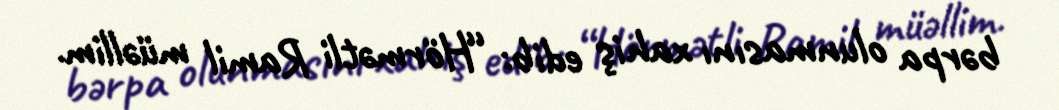
bərpa olunmasını xahiş edib: “Hörmətli Ramil müəllim.